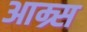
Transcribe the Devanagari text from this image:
आम्र्स